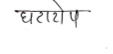
मजकूर: घटादोष